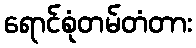
ရောင်စုံတမ်တံတား